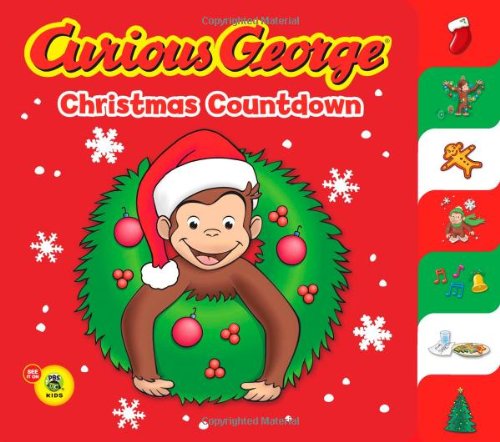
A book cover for Curious George Christmas Countdown (CGTV Tabbed BB); H. A. Rey; Children's Books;